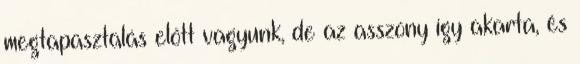
megtapasztalás előtt vagyunk, de az asszony így akarta, és